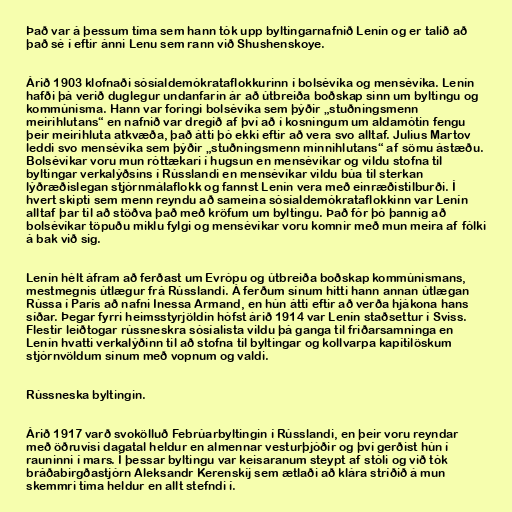
Það var á þessum tíma sem hann tók upp byltingarnafnið Lenín og er talið að
það sé í eftir ánni Lenu sem rann við Shushenskoye.

Árið 1903 klofnaði sósíaldemókrataflokkurinn í bolsévíka og mensévíka. Lenín
hafði þá verið duglegur undanfarin ár að útbreiða boðskap sinn um byltingu og
kommúnisma. Hann var foringi bolsévíka sem þýðir „stuðningsmenn
meirihlutans“ en nafnið var dregið af því að í kosningum um aldamótin fengu
þeir meirihluta atkvæða, það átti þó ekki eftir að vera svo alltaf. Julius Martov
leddi svo mensévíka sem þýðir „stuðningsmenn minnihlutans“ af sömu ástæðu.
Bolsévíkar voru mun róttækari í hugsun en mensévíkar og vildu stofna til
byltingar verkalýðsins í Rússlandi en mensévíkar vildu búa til sterkan
lýðræðislegan stjórnmálaflokk og fannst Lenín vera með einræðistilburði. Í
hvert skipti sem menn reyndu að sameina sósíaldemókrataflokkinn var Lenín
alltaf þar til að stöðva það með kröfum um byltingu. Það fór þó þannig að
bolsévíkar töpuðu miklu fylgi og mensévíkar voru komnir með mun meira af fólki
á bak við sig.

Lenín hélt áfram að ferðast um Evrópu og útbreiða boðskap kommúnismans,
mestmegnis útlægur frá Rússlandi. Á ferðum sínum hitti hann annan útlægan
Rússa í París að nafni Inessa Armand, en hún átti eftir að verða hjákona hans
síðar. Þegar fyrri heimsstyrjöldin hófst árið 1914 var Lenín staðsettur í Sviss.
Flestir leiðtogar rússneskra sósíalista vildu þá ganga til friðarsamninga en
Lenín hvatti verkalýðinn til að stofna til byltingar og kollvarpa kapítilöskum
stjórnvöldum sínum með vopnum og valdi.

Rússneska byltingin.

Árið 1917 varð svokölluð Febrúarbyltingin í Rússlandi, en þeir voru reyndar
með öðruvísi dagatal heldur en almennar vesturþjóðir og því gerðist hún í
rauninni í mars. Í þessar byltingu var keisaranum steypt af stóli og við tók
bráðabirgðastjórn Aleksandr Kerenskíj sem ætlaði að klára stríðið á mun
skemmri tíma heldur en allt stefndi í.